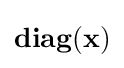
\mathbf {diag} (\mathbf {x} )